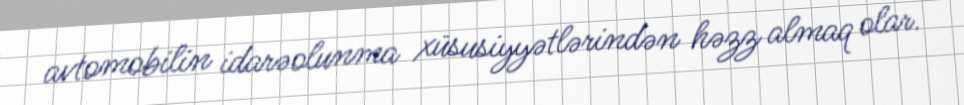
avtomobilin idarəolunma xüsusiyyətlərindən həzz almaq olar.